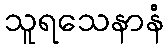
သူရသေနာနံ